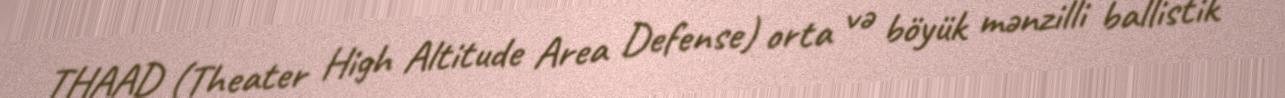
THAAD (Theater High Altitude Area Defense) orta və böyük mənzilli ballistik